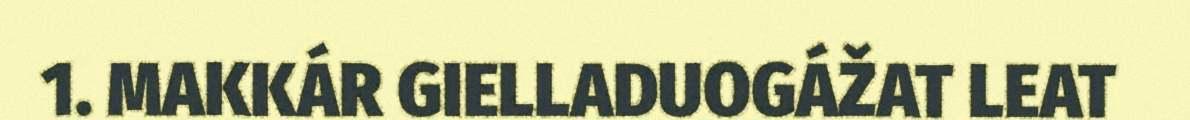
1. MAKKÁR GIELLADUOGÁŽAT LEAT